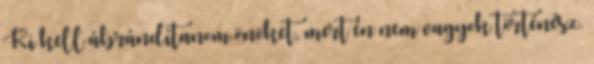
Ki kell ábrándítanom önöket, mert én nem vagyok történész.